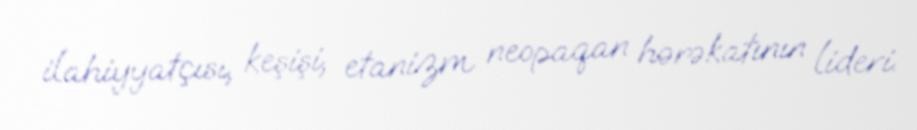
ilahiyyatçısı, keşişi, etanizm neopaqan hərəkatının lideri.